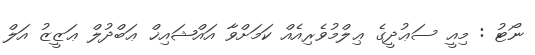
ނޯޓު : މިއީ ސަޢުދީގެ ޢިލްމުވެރިއެއް ކަމަށްވާ އައްޝައިޚް ޢަބްދުލް ޢަޒީޒު އަލް